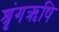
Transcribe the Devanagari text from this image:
श्रृंगऋषि